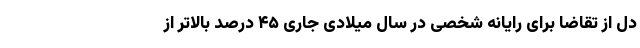
دل از تقاضا برای رایانه شخصی در سال میلادی جاری ۴۵ درصد بالاتر از